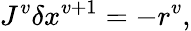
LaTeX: J^{v}\delta x^{v+1}=-r^{v},